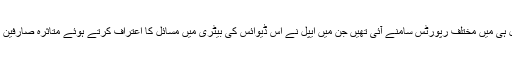
یاہو کے مطابق آئی فون سکس کے حوالے سے حال ہی میں مختلف رپورٹس سامنے آئی تھیں جن میں ایپل نے اس ڈیوائس کی بیٹری میں مسائل کا اعتراف کرتے ہوئے متاثرہ صارفین کے لئے بیڑیاں بدلنے کے پروگرام کا آغاز کیا تھا۔